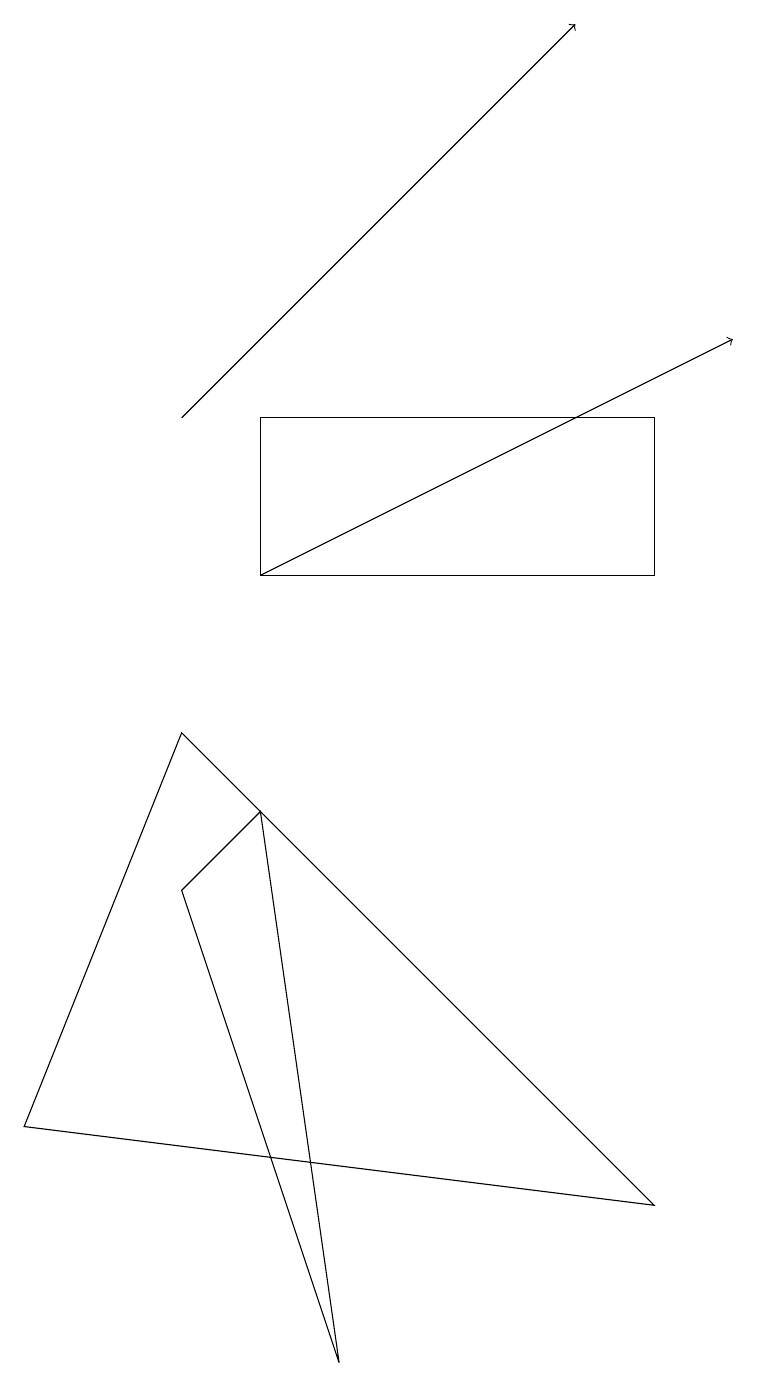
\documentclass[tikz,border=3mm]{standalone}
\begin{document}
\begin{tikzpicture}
\draw (4,0) -- (2,6) -- (3,7) -- cycle;
\draw[->] (3,10) -- (9,13);
\draw (8,10) rectangle (3,12);
\draw (2,8) -- (8,2) -- (0,3) -- cycle;
\draw[->] (2,12) -- (7,17);
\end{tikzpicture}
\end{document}